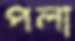
পলা